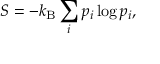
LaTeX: S = - k _ { \mathrm { B } } \sum _ { i } p _ { i } \log p _ { i } ,